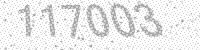
Solution: 117003